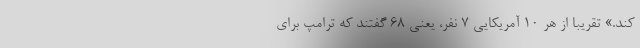
کند.» تقریباً از هر 10 آمریکایی 7 نفر، یعنی 68 گفتند که ترامپ برای